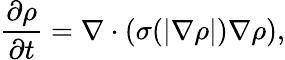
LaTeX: \frac{\partial\rho}{\partial t}=\nabla\cdot(\sigma(|\nabla\rho|)\nabla\rho),